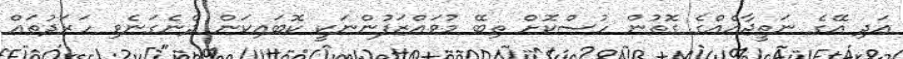
އަދި އޭގެ ނަތީޖާއެއްގެ ގޮތުން ހުސްކޮށް ތިބޭ މުވައްޒަފުންނަކީ ކޮބައިކަން ދެނެގަނެވި ހަރަދުތައް